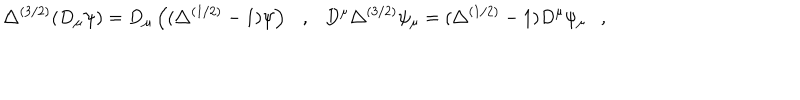
LaTeX: \triangle ^ { ( 3 / 2 ) } ( D _ { \mu } \psi ) = D _ { \mu } \left( ( \triangle ^ { ( 1 / 2 ) } - 1 ) \psi \right) , D ^ { \mu } \triangle ^ { ( 3 / 2 ) } \psi _ { \mu } = ( \triangle ^ { ( 1 / 2 ) } - 1 ) D ^ { \mu } \psi _ { \mu } ,